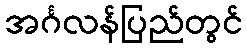
အင်္ဂလန်ပြည်တွင်